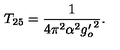
T _ { 2 5 } = \frac { 1 } { 4 \pi ^ { 2 } \alpha ^ { 2 } { g _ { o } ^ { \prime } } ^ { 2 } } .